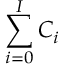
\sum _ { i = 0 } ^ { I } C _ { i }